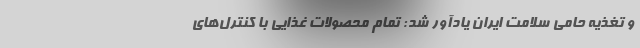
و تغذیه حامی سلامت ایران یادآور شد: تمام محصولات غذایی با کنترل‌های